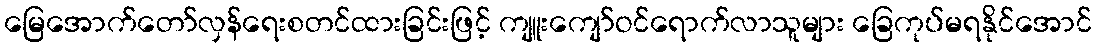
မြေအောက်တော်လှန်ရေးစတင်ထားခြင်းဖြင့် ကျူးကျော်ဝင်ရောက်လာသူများ ခြေကုပ်မရနိုင်အောင်